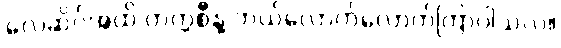
လေဆိပ်အထိ တက္ကစီနဲ့ ဘယ်လောက်လောက်ကြာပါသလဲ။